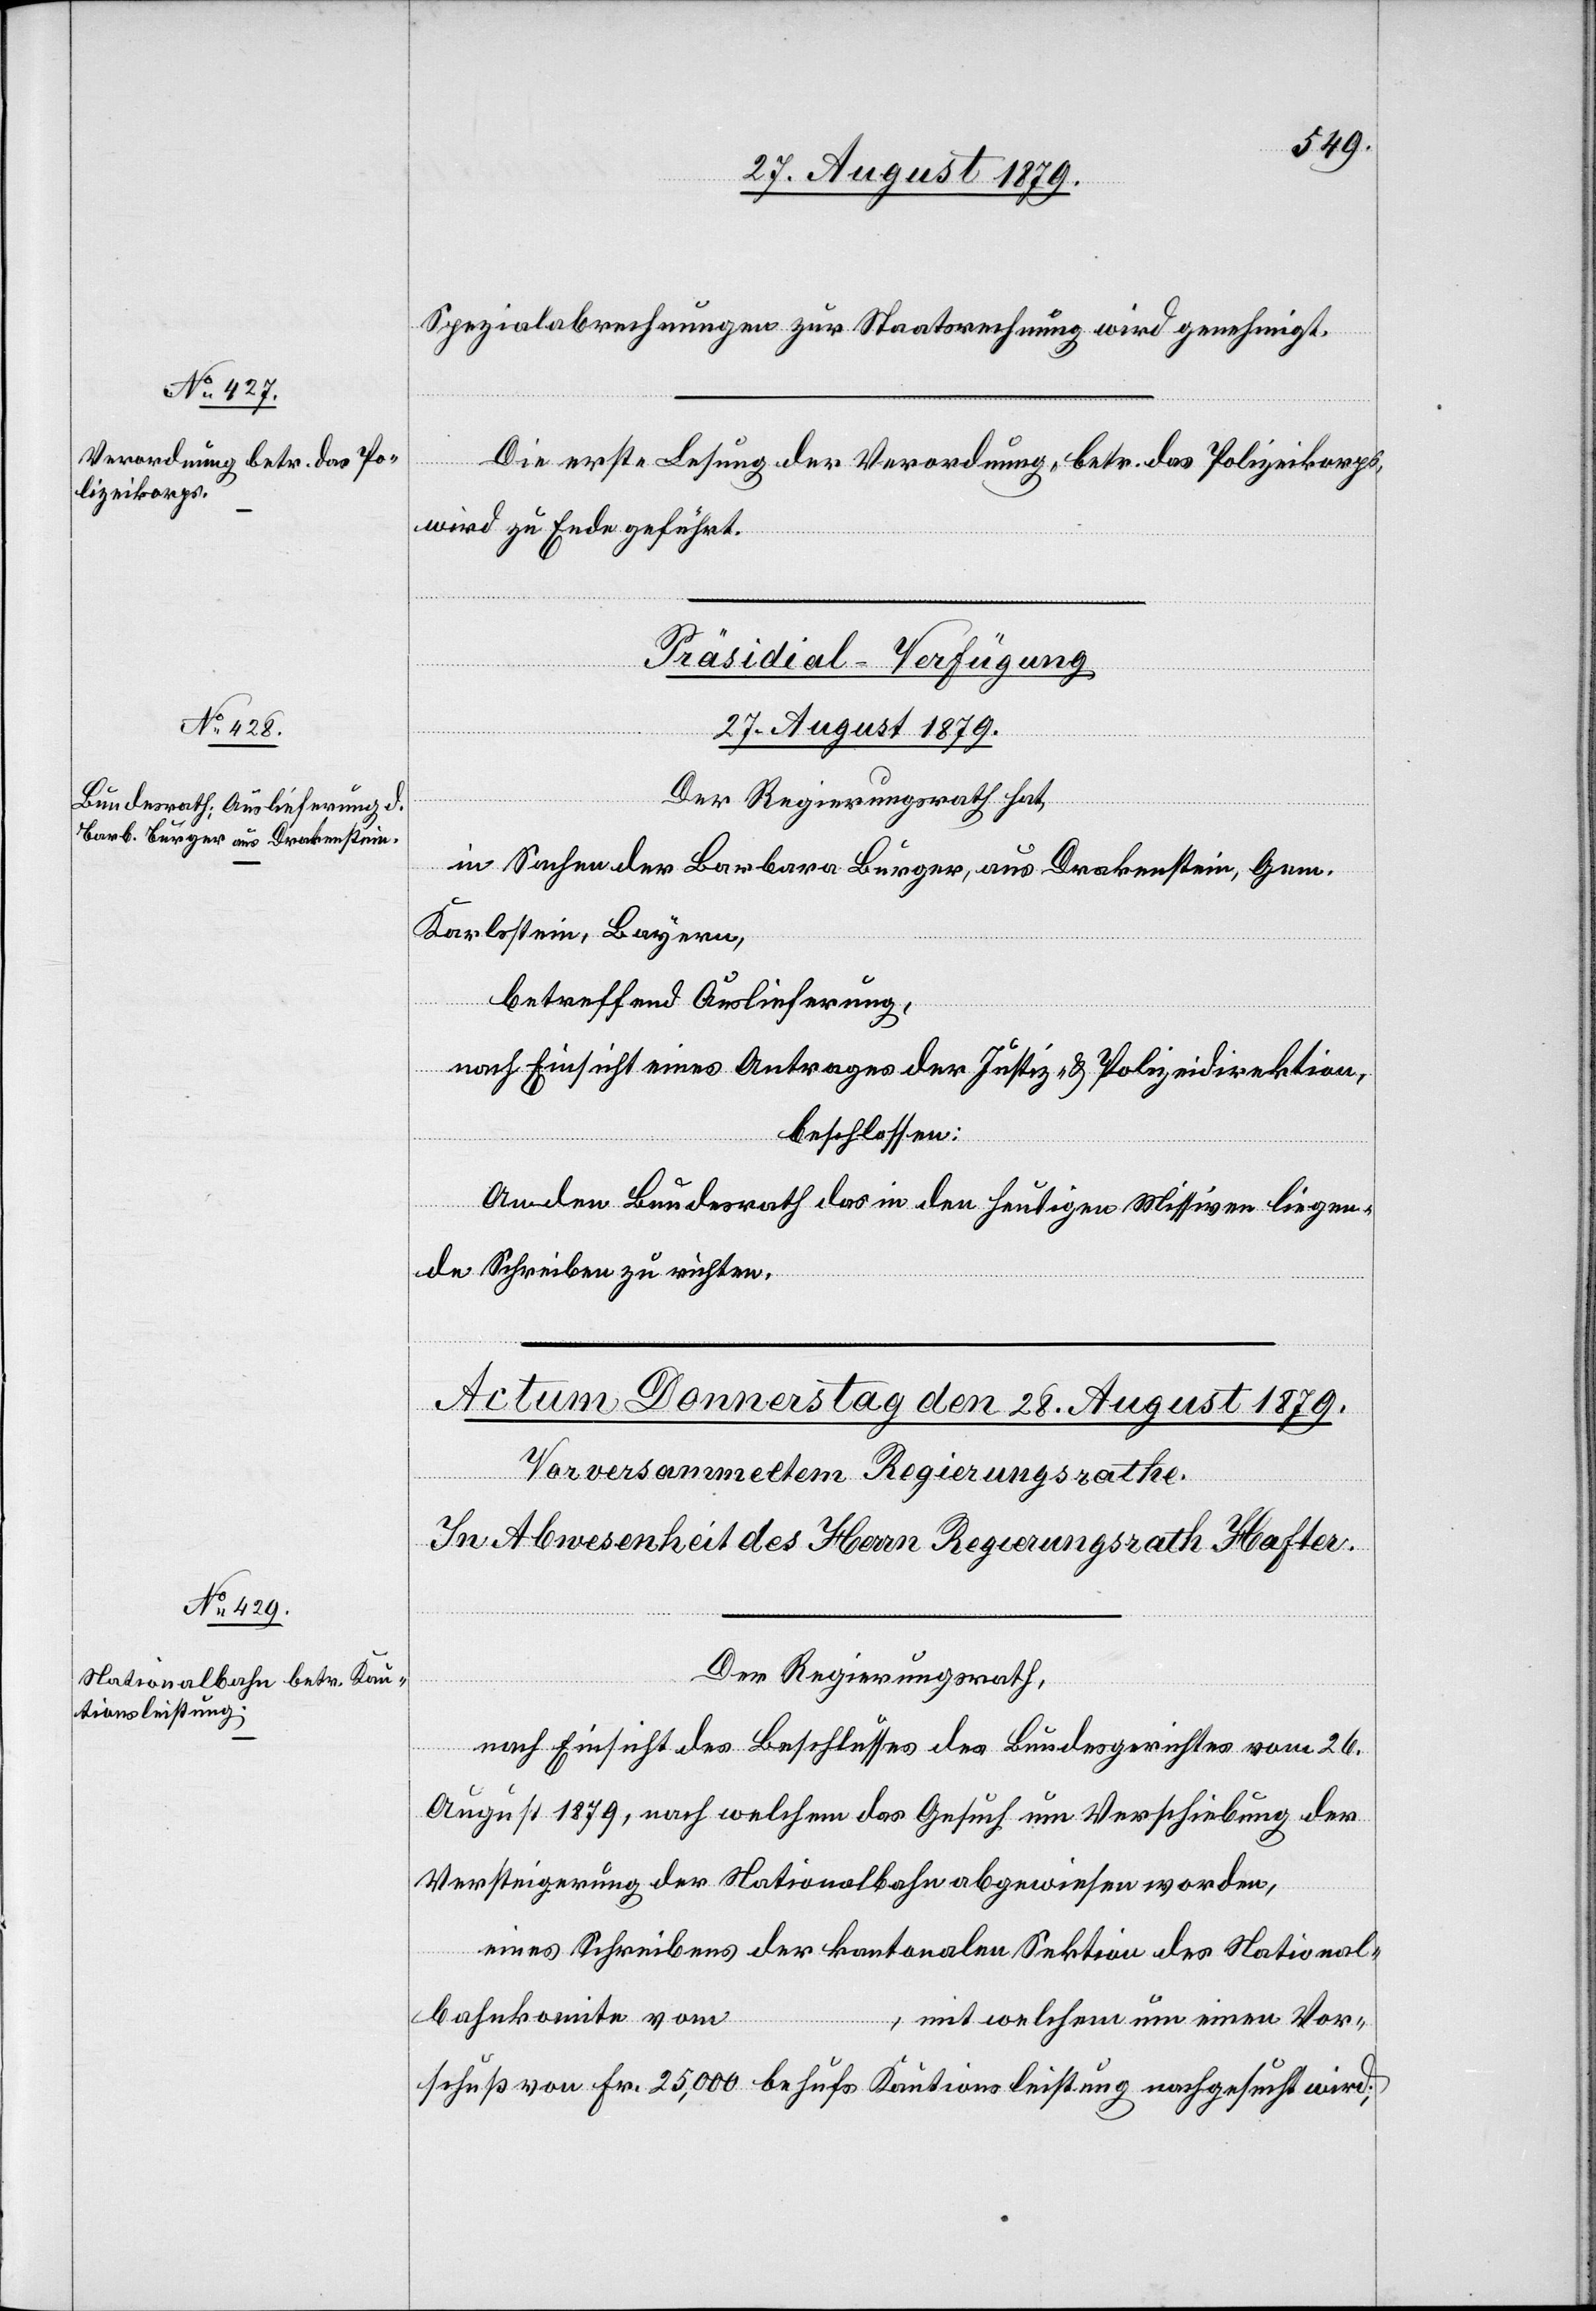
27. August 1879.
Spezialberechnungen zur Staatsrechnung wird genehmigt.
Die erste Lesung der Verordnung betr. das Polizeikorps,
wird zu Ende geführt.
Präsidial-Verfügung
Der Regierungsrath hat,
in Sachen der Barbara Burger, aus Drakenstein, Gem.
Karlstein, Bayern,
betreffend Auslieferung,
nach Einsicht eines Antrages der Justiz- & Polizeidirektion,
beschlossen:
An den Bundesrath das in den heutigen Missiven liegen¬
de Schreiben zu richten.
Der Regierungsrath,
nach Einsicht des Beschlusses des Bundesgerichtes vom 26.
August 1879, nach welchem das Gesuch um Verschiebung der
Versteigerung der Nationalbahn abgewiesen worden,
eines Schreibens der kantonalen Sektion des National¬
bahnkomite vom
…, mit welchem um einen Vor¬
schuß von Fr. 25,000 behufs Kautionsleistung nachgesucht wird;